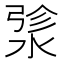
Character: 𬈄